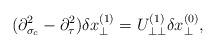
LaTeX: \begin{align*}(\partial^2_{\sigma_c}-\partial^2_\tau)\delta x^{(1)}_\perp=U^{(1)}_{\perp\perp}\delta x^{(0)}_\perp,\end{align*}